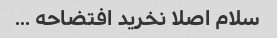
سلام اصلا نخرید افتضاحه ...